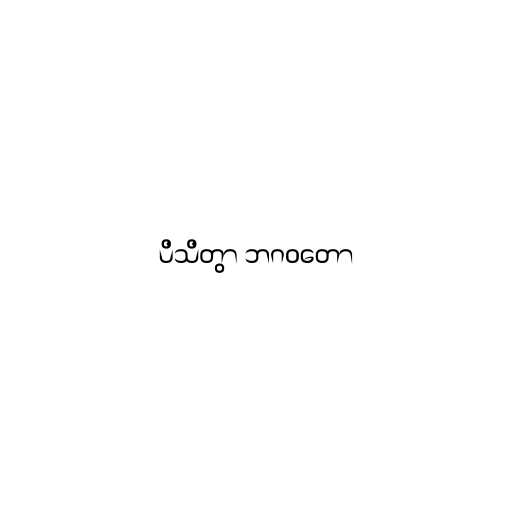
ပိသိတွာ ဘဂဝတော